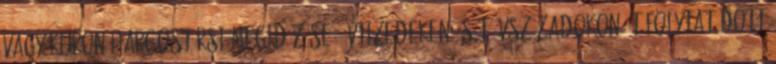
vagy Kuron harcostársi megidézése. Évtizedeken, sőt évszázadokon át folytatódott